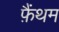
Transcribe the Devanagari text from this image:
फ़ैंथम